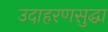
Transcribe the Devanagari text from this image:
उदाहरणसुद्धा